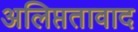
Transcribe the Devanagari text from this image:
अलिप्ततावाद